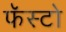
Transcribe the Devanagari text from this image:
फॅस्टो